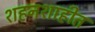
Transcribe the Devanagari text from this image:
शहनशाहीत